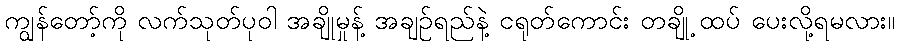
ကျွန်တော့်ကို လက်သုတ်ပုဝါ အချိုမှုန့် အချဉ်ရည်နဲ့ ငရုတ်ကောင်း တချို့ ထပ် ပေးလို့ရမလား။